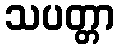
သပတ္တာ